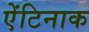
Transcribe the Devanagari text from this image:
ऐंटिनाक